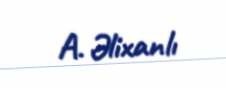
A. Əlixanlı